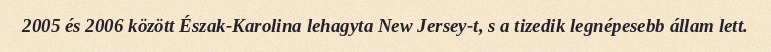
2005 és 2006 között Észak-Karolina lehagyta New Jersey-t, s a tizedik legnépesebb állam lett.